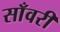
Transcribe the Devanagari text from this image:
साँवरी